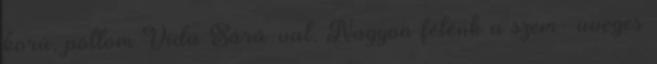
korú, pöttöm Vida Sárá-val. Nagyon félénk a szem- üveges